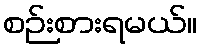
စဉ်းစားရမယ်။